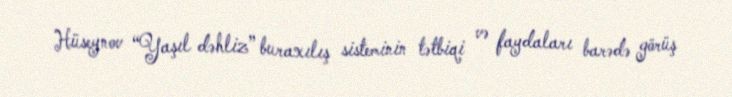
Hüseynov “Yaşıl dəhliz” buraxılış sisteminin tətbiqi və faydaları barədə görüş